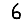
Digit: 6